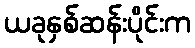
ယခုနှစ်ဆန်းပိုင်းက